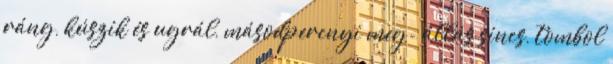
ráng, kúszik és ugrál, másodpercnyi meg- állás sincs, tombol